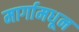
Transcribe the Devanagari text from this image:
मार्गामधून